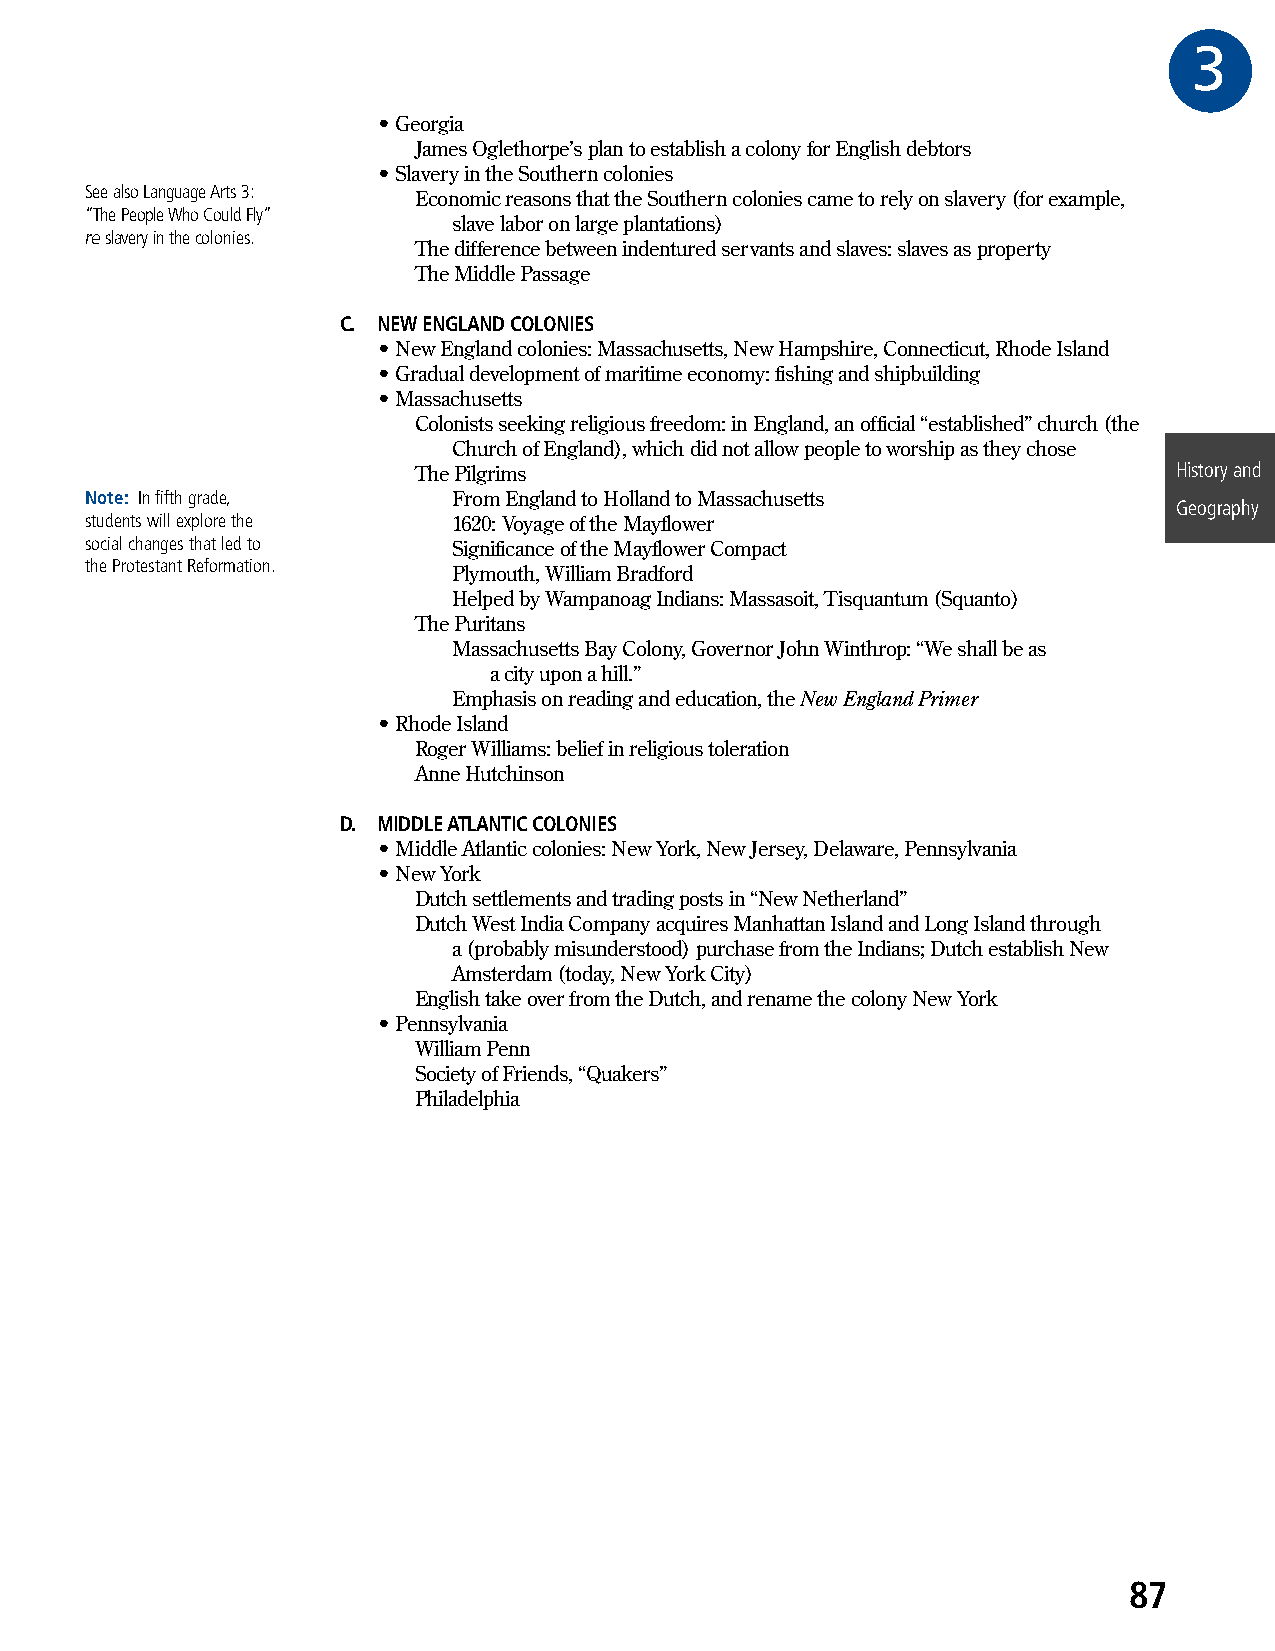
3GR
 • Georgia
 James Oglethorpe’s plan to establish a colony for English debtors
 • Slavery in the Southern colonies
 See also Language Arts 3: Economic reasons that the Southern colonies came to rely on slavery (for example,
 “The People Who Could Fly”
 slave labor on large plantations)
 re slavery in the colonies.
 The difference between indentured servants and slaves: slaves as property
 The Middle Passage
 C. NEW ENGLAND COLONIES
 • New England colonies: Massachusetts, New Hampshire, Connecticut, Rhode Island
 • Gradual development of maritime economy: fishing and shipbuilding
 • Massachusetts
 Colonists seeking religious freedom: in England, an official “established” church (the
 Church of England), which did not allow people to worship as they chose
 The Pilgrims                                       History and
 Note: In fifth grade,   From England to Holland to Massachusetts
 Geography
 students will explore the 1620: Voyage of the Mayflower
 social changes that led to Significance of the Mayflower Compact
 the Protestant Reformation.
 Plymouth, William Bradford
 Helped by Wampanoag Indians: Massasoit, Tisquantum (Squanto)
 The Puritans
 Massachusetts Bay Colony, Governor John Winthrop: “We shall be as
 a city upon a hill.”
 Emphasis on reading and education, the New England Primer
 • Rhode Island
 Roger Williams: belief in religious toleration
 Anne Hutchinson
 D. MIDDLE ATLANTIC COLONIES
 • Middle Atlantic colonies: New York, New Jersey, Delaware, Pennsylvania
 • New York
 Dutch settlements and trading posts in “New Netherland”
 Dutch West India Company acquires Manhattan Island and Long Island through
 a (probably misunderstood) purchase from the Indians; Dutch establish New
 Amsterdam (today, New York City)
 English take over from the Dutch, and rename the colony New York
 • Pennsylvania
 William Penn
 Society of Friends, “Quakers”
 Philadelphia
 87